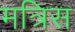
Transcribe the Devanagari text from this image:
मत्रिस